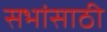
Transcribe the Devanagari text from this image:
सभांसाठी